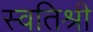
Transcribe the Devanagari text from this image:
स्वतिश्री